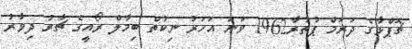
ޗޮޕްޅާގެ ދަރަމް ޕުތުރާ1962 ވަނަ އަހަރު ނިކުތް ބިމާލް ރޯއީގެ ޗާރު ދިވާރު